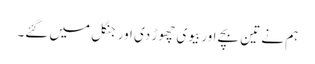
ہم نے تین بچے اور بیوی چھوڑ دی اور جنگل میں گئے۔